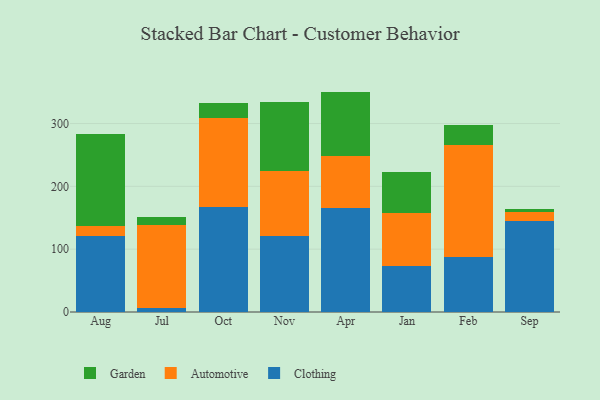
{"axis": {"x": "Month", "y": "Tickets Resolved"}, "legend": ["Automotive", "Clothing", "Garden"], "data": [{"x": "Aug", "y": 120.9, "type": "Clothing"}, {"x": "Aug", "y": 15.5, "type": "Automotive"}, {"x": "Aug", "y": 147.4, "type": "Garden"}, {"x": "Jul", "y": 6.1, "type": "Clothing"}, {"x": "Jul", "y": 131.8, "type": "Automotive"}, {"x": "Jul", "y": 14.1, "type": "Garden"}, {"x": "Oct", "y": 167.2, "type": "Clothing"}, {"x": "Oct", "y": 141.5, "type": "Automotive"}, {"x": "Oct", "y": 24.0, "type": "Garden"}, {"x": "Nov", "y": 120.4, "type": "Clothing"}, {"x": "Nov", "y": 103.7, "type": "Automotive"}, {"x": "Nov", "y": 110.5, "type": "Garden"}, {"x": "Apr", "y": 165.2, "type": "Clothing"}, {"x": "Apr", "y": 82.8, "type": "Automotive"}, {"x": "Apr", "y": 102.8, "type": "Garden"}, {"x": "Jan", "y": 72.6, "type": "Clothing"}, {"x": "Jan", "y": 85.4, "type": "Automotive"}, {"x": "Jan", "y": 64.5, "type": "Garden"}, {"x": "Feb", "y": 87.3, "type": "Clothing"}, {"x": "Feb", "y": 177.9, "type": "Automotive"}, {"x": "Feb", "y": 32.3, "type": "Garden"}, {"x": "Sep", "y": 144.8, "type": "Clothing"}, {"x": "Sep", "y": 14.0, "type": "Automotive"}, {"x": "Sep", "y": 5.7, "type": "Garden"}]}